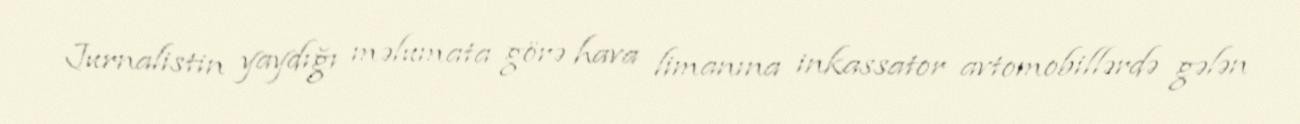
Jurnalistin yaydığı məlumata görə hava limanına inkassator avtomobillərdə gələn